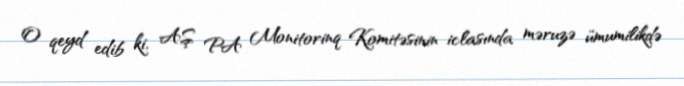
O qeyd edib ki, AŞ PA Monitorinq Komitəsinin iclasında məruzə ümumilikdə